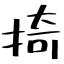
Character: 掎